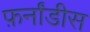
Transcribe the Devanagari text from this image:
फ़र्नांडीस